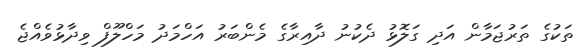
ތަކުގެ ތަރުޖަމާން އަދި ގަލޮޅު ދެކުނު ދާއިރާގެ މެންބަރު އަހްމަދު މަހްލޫފް ވިދާޅުވެއްޖެ